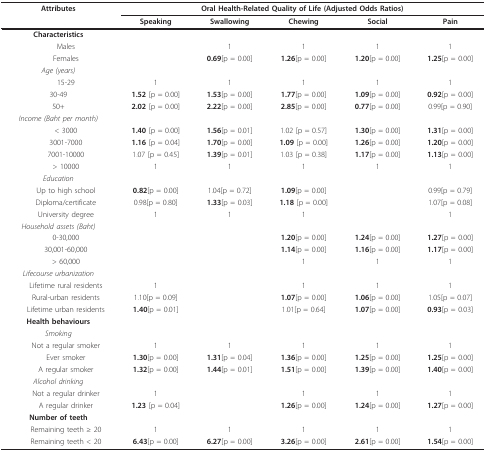
<table><thead><tr><td><b>Attributes</b></td><td colspan="5"><b>Oral Health-Related Quality of Life (Adjusted Odds Ratios)</b></td></tr><tr><td></td><td><b>Speaking</b></td><td><b>Swallowing</b></td><td><b>Chewing</b></td><td><b>Social</b></td><td><b>Pain</b></td></tr></thead><tbody><tr><td><b>Characteristics</b></td><td></td><td></td><td></td><td></td><td></td></tr><tr><td> Males</td><td></td><td>1</td><td>1</td><td>1</td><td>1</td></tr><tr><td> Females</td><td></td><td><b>0.69</b>[p = 0.00]</td><td><b>1.26</b>[p = 0.00]</td><td><b>1.20</b>[p = 0.00]</td><td><b>1.25</b>[p = 0.00]</td></tr><tr><td><i>Age (years)</i></td><td></td><td></td><td></td><td></td><td></td></tr><tr><td> 15-29</td><td>1</td><td>1</td><td>1</td><td>1</td><td>1</td></tr><tr><td>30-49</td><td><b>1.52 </b>[p = 0.00]</td><td><b>1.53</b>[p = 0.00]</td><td><b>1.77</b>[p = 0.00]</td><td><b>1.09</b>[p = 0.00]</td><td><b>0.92</b>[p = 0.00]</td></tr><tr><td>50+</td><td><b>2.02 </b>[p = 0.00]</td><td><b>2.22</b>[p = 0.00]</td><td><b>2.85</b>[p = 0.00]</td><td><b>0.77</b>[p = 0.00]</td><td>0.99[p = 0.90]</td></tr><tr><td><i>Income (Baht per month)</i></td><td></td><td></td><td></td><td></td><td></td></tr><tr><td> &lt; 3000</td><td><b>1.40 </b>[p = 0.00]</td><td><b>1.56</b>[p = 0.01]</td><td>1.02 [p = 0.57]</td><td><b>1.30</b>[p = 0.00]</td><td><b>1.31</b>[p = 0.00]</td></tr><tr><td> 3001-7000</td><td><b>1.16 </b>[p = 0.04]</td><td><b>1.70</b>[p = 0.00]</td><td><b>1.09 </b>[p = 0.00]</td><td><b>1.26</b>[p = 0.00]</td><td><b>1.20</b>[p = 0.00]</td></tr><tr><td> 7001-10000</td><td>1.07 [p = 0.45]</td><td><b>1.39</b>[p = 0.01]</td><td>1.03 [p = 0.38]</td><td><b>1.17</b>[p = 0.00]</td><td><b>1.13</b>[p = 0.00]</td></tr><tr><td> &gt; 10000</td><td>1</td><td>1</td><td>1</td><td>1</td><td>1</td></tr><tr><td><i>Education</i></td><td></td><td></td><td></td><td></td><td></td></tr><tr><td> Up to high school</td><td><b>0.82</b>[p = 0.00]</td><td>1.04[p = 0.72]</td><td><b>1.09</b>[p = 0.00]</td><td></td><td>0.99[p = 0.79]</td></tr><tr><td> Diploma/certificate</td><td>0.98[p = 0.80]</td><td><b>1.33</b>[p = 0.03]</td><td><b>1.18 </b>[p = 0.00]</td><td></td><td>1.07[p = 0.08]</td></tr><tr><td> University degree</td><td>1</td><td>1</td><td>1</td><td></td><td>1</td></tr><tr><td><i>Household assets (Baht)</i></td><td></td><td></td><td></td><td></td><td></td></tr><tr><td> 0-30,000</td><td></td><td></td><td><b>1.20</b>[p = 0.00]</td><td><b>1.24</b>[p = 0.00]</td><td><b>1.27</b>[p = 0.00]</td></tr><tr><td> 30,001-60,000</td><td></td><td></td><td><b>1.14</b>[p = 0.00]</td><td><b>1.16</b>[p = 0.00]</td><td><b>1.17</b>[p = 0.00]</td></tr><tr><td> &gt; 60,000</td><td></td><td></td><td>1</td><td>1</td><td>1</td></tr><tr><td><i>Lifecourse urbanization</i></td><td></td><td></td><td></td><td></td><td></td></tr><tr><td> Lifetime rural residents</td><td>1</td><td></td><td>1</td><td>1</td><td>1</td></tr><tr><td> Rural-urban residents</td><td>1.10[p = 0.09]</td><td></td><td><b>1.07</b>[p = 0.00]</td><td><b>1.06</b>[p = 0.00]</td><td>1.05[p = 0.07]</td></tr><tr><td> Lifetime urban residents</td><td><b>1.40</b>[p = 0.01]</td><td></td><td>1.01[p = 0.64]</td><td><b>1.07</b>[p = 0.00]</td><td><b>0.93</b>[p = 0.03]</td></tr><tr><td><b>Health behaviours</b></td><td></td><td></td><td></td><td></td><td></td></tr><tr><td><i>Smoking</i></td><td></td><td></td><td></td><td></td><td></td></tr><tr><td> Not a regular smoker</td><td>1</td><td>1</td><td>1</td><td>1</td><td>1</td></tr><tr><td> Ever smoker</td><td><b>1.30</b>[p = 0.00]</td><td><b>1.31</b>[p = 0.04]</td><td><b>1.36</b>[p = 0.00]</td><td><b>1.25</b>[p = 0.00]</td><td><b>1.25</b>[p = 0.00]</td></tr><tr><td> A regular smoker</td><td><b>1.32</b>[p = 0.00]</td><td><b>1.44</b>[p = 0.01]</td><td><b>1.51</b>[p = 0.00]</td><td><b>1.39</b>[p = 0.00]</td><td><b>1.40</b>[p = 0.00]</td></tr><tr><td><i>Alcohol drinking</i></td><td></td><td></td><td></td><td></td><td></td></tr><tr><td> Not a regular drinker</td><td>1</td><td></td><td>1</td><td>1</td><td>1</td></tr><tr><td> A regular drinker</td><td><b>1.23 </b>[p = 0.04]</td><td></td><td><b>1.26</b>[p = 0.00]</td><td><b>1.24</b>[p = 0.00]</td><td><b>1.27</b>[p = 0.00]</td></tr><tr><td><b>Number of teeth</b></td><td></td><td></td><td></td><td></td><td></td></tr><tr><td> Remaining teeth ≥ 20</td><td>1</td><td>1</td><td>1</td><td>1</td><td>1</td></tr><tr><td> Remaining teeth &lt; 20</td><td><b>6.43</b>[p = 0.00]</td><td><b>6.27</b>[p = 0.00]</td><td><b>3.26</b>[p = 0.00]</td><td><b>2.61</b>[p = 0.00]</td><td><b>1.54</b>[p = 0.00]</td></tr></tbody></table>